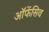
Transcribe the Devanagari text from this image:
ऑफेंसिव